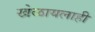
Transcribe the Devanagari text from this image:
खेळायलाही